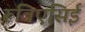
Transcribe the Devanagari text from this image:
रूबिएसिई